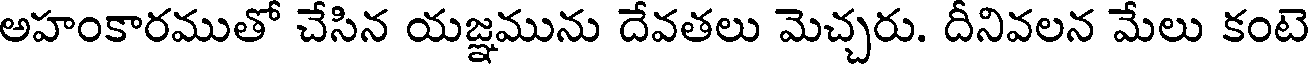
అహంకారముతో చేసిన యజ్ఞమును దేవతలు మెచ్చరు. దీనివలన మేలు కంటె